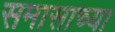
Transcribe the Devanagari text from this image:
समासाच्या